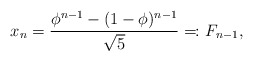
\begin{align*}x_n= \frac{\phi^{n-1}-(1-\phi)^{n-1}}{\sqrt{5}}=\!\colon F_{n-1},\end{align*}